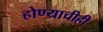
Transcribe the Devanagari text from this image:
होण्याचीही